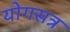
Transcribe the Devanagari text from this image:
योगसत्र